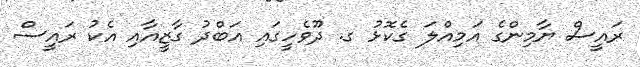
ރައީސް ޔާމިންގެ އަމިއްލަ ގެކޮޅު ގ. ދޫވެހީގައި އަބްދު ގާޒީއާއި އެކު ރައީސް